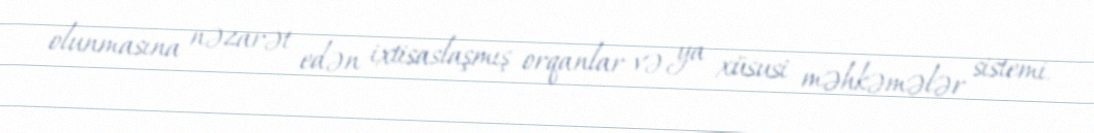
olunmasına nəzarət edən ixtisaslaşmış orqanlar və ya xüsusi məhkəmələr sistemi.